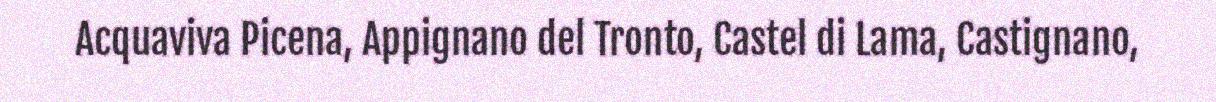
Acquaviva Picena, Appignano del Tronto, Castel di Lama, Castignano,